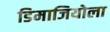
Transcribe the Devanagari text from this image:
डिमाजियोला